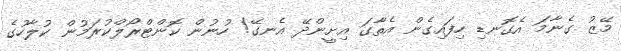
މޭޒު ގެނާމަ އެގޮނޑި ހިފައިގެން އެތާގަ އިށީންދޭ އެނގޭ! ހުނުން ކޮންޓްރޯލްކުރަމުން ކުލާހުގެ